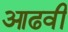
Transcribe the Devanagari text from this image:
आढवी